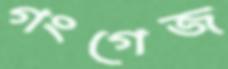
গংগেজ